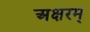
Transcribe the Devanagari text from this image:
अक्षरम्